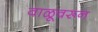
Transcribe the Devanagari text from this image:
वाळूवरून